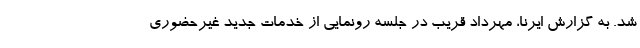
شد. به گزارش ایرنا، مهرداد قریب در جلسه رونمایی از خدمات جدید غیرحضوری